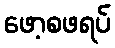
ဖော့စဖရပ်